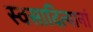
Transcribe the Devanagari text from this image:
स्वसादित्यानां